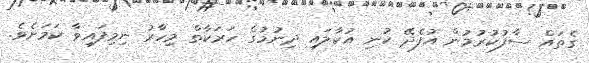
ގެތައް ސާފުކުރުމުން އުފެދޭ ކުނި އުކާލައި ދިނުމުގެ ހަރަކާތް މިހާރު ނިމިފައިވާ ކަމަށެވެ.